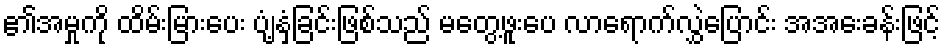
၏အမှုကို ထိမ်းမြားပေး ပျံ့နှံ့ခြင်းဖြစ်သည် မတွေ့ဖူးပေ လာရောက်လွှဲပြောင်း အအေးခန်းဖြင့်